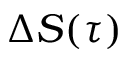
\Delta S ( \tau )